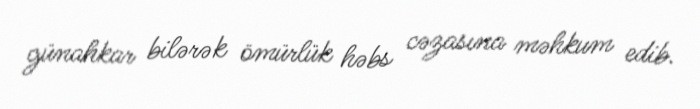
günahkar bilərək ömürlük həbs cəzasına məhkum edib.